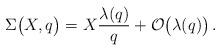
LaTeX: \begin{align*}\Sigma\big(X, q\big)=X\frac{\lambda(q)}{q}+\mathcal{O}\big(\lambda(q)\big)\,.\end{align*}